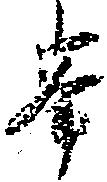
峯